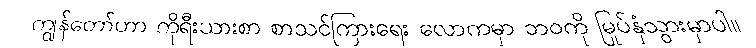
ကျွန်တော်ဟာ ကိုရီးယားစာ စာသင်ကြားရေး လောကမှာ ဘဝကို မြုပ်နှံသွားမှာပါ။